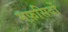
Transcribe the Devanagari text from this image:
मफ़सिदों